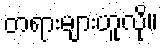
တရားများဟူလို။